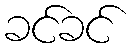
ခင်ခင်